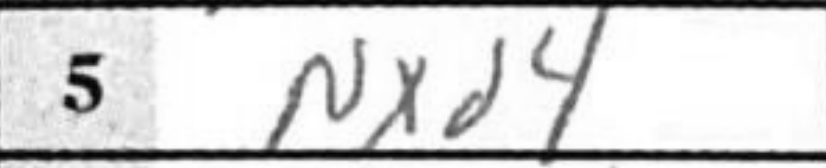
Transcription: Nxd4